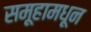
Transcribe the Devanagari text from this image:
समूहामधून